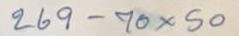
269 - 70 x 50